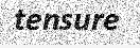
tensure